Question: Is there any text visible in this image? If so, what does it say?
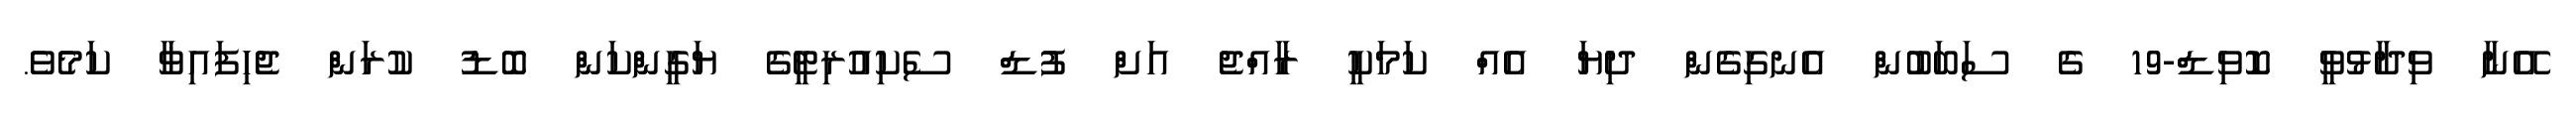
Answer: އޭނާ ވިދާޅުވީ ކޮވިޑް-19 ގެ ސަބަބުން އެނގިގެން ދިޔަ އެއް ކަމަކީ ރާއްޖެ އަށް ފުޑް ސެކިއުރިޓީގެ ޔަގީންކަން ބޮޑު ކުރަން ޖެހިފައިވާ ކަމެވެ.